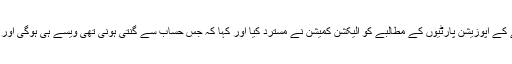
پچاس فیصد وی وی پیٹ پرچیوں کو ملائے جانے کے اپوزیشن پارٹیوں کے مطالبے کو الیکشن کمیشن نے مسترد کیا اور کہا کہ جس حساب سے گنتی ہونی تھی ویسے ہی ہوگی اور اس میں کسی طرح کی تبدیلی نہیں کی جائے گی۔